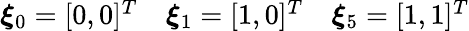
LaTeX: \begin{array}{lll}{\boldsymbol{\xi}_{0}=[0,0]^{T}}&{\boldsymbol{\xi}_{1}=[1,0]^{T}}&{\boldsymbol{\xi}_{5}=[1,1]^{T}}\end{array}